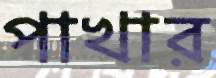
পাখার